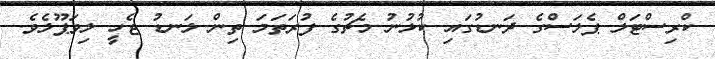
ކްރިސްޓަލް ޕެލަސްގެ ދަނޑުގައި ކުޅުނު މެޗުގެ ފުރަތަމަ ތިން ލަނޑު ޖެހީ ލިވަޕޫލެވެ.